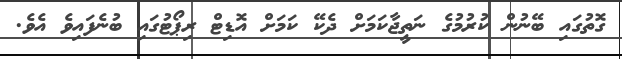
ގޮތުގައި ބޭނުން ކުރުމުގެ ނަތީޖާކަމަށް ދެކޭ ކަމަށް އޮޑިޓް ރިޕޯޓުގައި ބުނެފައިވެ އެވެ.